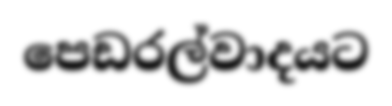
පෙඩරල්වාදයට